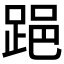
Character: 𨁲